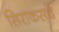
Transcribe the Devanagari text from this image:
सिराकसचे